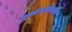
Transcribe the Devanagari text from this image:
यूआयडीएआय